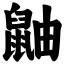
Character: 鼬